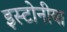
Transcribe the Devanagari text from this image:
इस्टोनीया